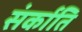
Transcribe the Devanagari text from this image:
संर्काति